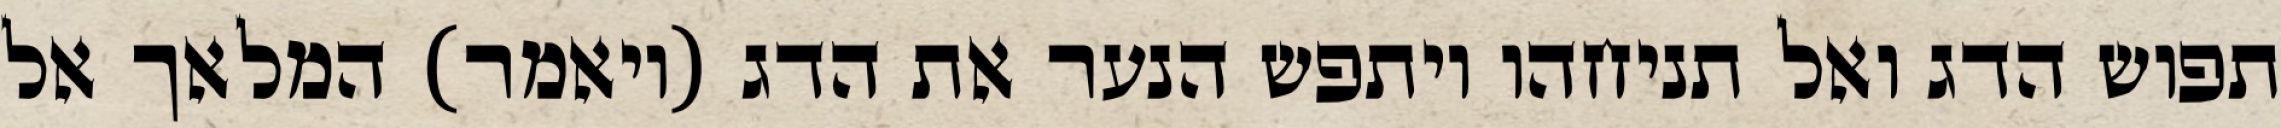
תפוש הדג ואל תניחהו ויתפש הנער את הדג (ויאמר) המלאך אל